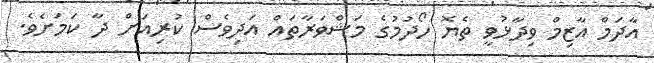
އާދަމް އާޒިމް ވިދާޅުވީ ތެޔޮ ހޯދުމުގެ މަޝްވަރާތައް އަދިވެސް ކުރިއަށް ދާ ކަމަށެވެ.